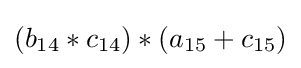
(b_{14}*c_{14})*(a_{15}+c_{15})